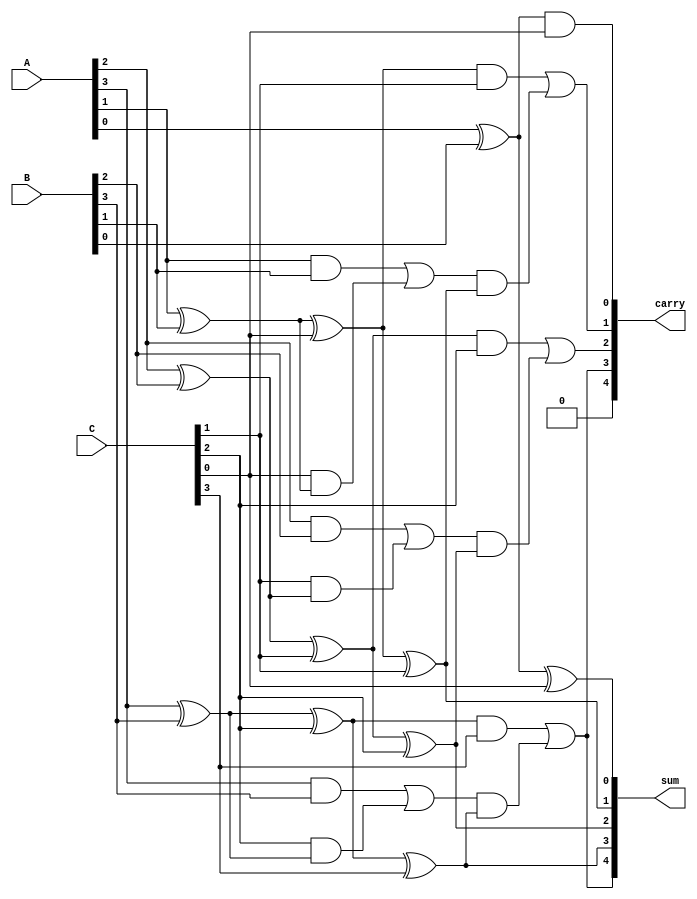
module carry_save_adder (
    input [3:0] A, // 4-bit operand A
    input [3:0] B, // 4-bit operand B
    input [3:0] C, // 4-bit operand C
    output [4:0] sum, // Final sum output (5 bits to accommodate carry)
    output [4:0] carry // Final carry output (5 bits)
);

    wire [3:0] S1, S2; // Intermediate sums
    wire [3:0] C1, C2; // Intermediate carries

    // Half Adder for the least significant bit (LSB)
    assign S1[0] = A[0] ^ B[0]; // Sum of A[0] and B[0]
    assign C1[0] = A[0] & B[0]; // Carry from A[0] and B[0]

    // Full Adders for the remaining bits
    genvar i;
    generate
        for (i = 1; i < 4; i = i + 1) begin : full_adders
            assign S1[i] = A[i] ^ B[i] ^ C[i-1]; // Sum of A[i], B[i], and carry from previous
            assign C1[i] = (A[i] & B[i]) | (C[i-1] & (A[i] ^ B[i])); // Carry generation
        end
    endgenerate

    // Half Adder for the last bit (C[3])
    assign S2[0] = S1[0] ^ C[0]; // Sum of S1[0] and C[0]
    assign C2[0] = S1[0] & C[0]; // Carry from S1[0] and C[0]

    // Full Adders for the remaining bits
    generate
        for (i = 1; i < 4; i = i + 1) begin : final_full_adders
            assign S2[i] = S1[i] ^ C[i]; // Sum of S1[i] and C[i]
            assign C2[i] = (S1[i] & C[i]) | (C1[i] & (S1[i] ^ C[i])); // Final carry generation
        end
    endgenerate

    // Final sum and carry outputs
    assign sum = {C2[3], S2}; // Final sum output
    assign carry = {1'b0, C2}; // Final carry output (1 extra bit for carry)

endmodule